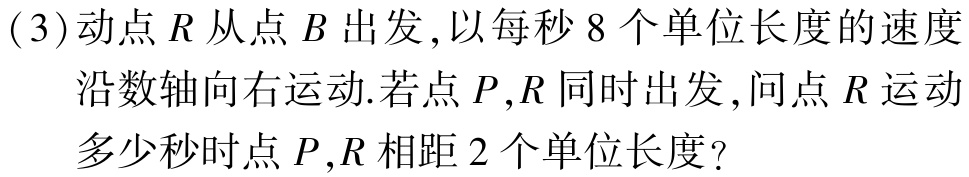
(3)动点\(R\)从点\(B\)出发,以每秒\(8\)个单位长度的速度沿数轴向右运动.若点\(P,R\)同时出发,问点\(R\)运动多少秒时点\(P,R\)相距\(2\)个单位长度?